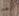
نعم